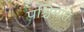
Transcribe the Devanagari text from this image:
पश्चिमांत